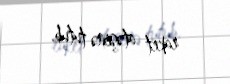
raket atəşinə tutub.